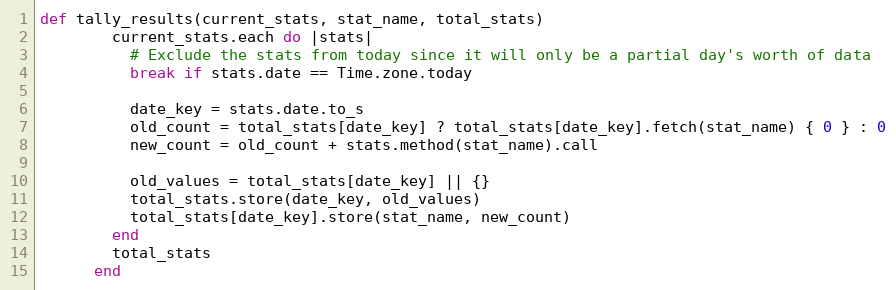
Language: Ruby
def tally_results(current_stats, stat_name, total_stats)
        current_stats.each do |stats|
          # Exclude the stats from today since it will only be a partial day's worth of data
          break if stats.date == Time.zone.today

          date_key = stats.date.to_s
          old_count = total_stats[date_key] ? total_stats[date_key].fetch(stat_name) { 0 } : 0
          new_count = old_count + stats.method(stat_name).call

          old_values = total_stats[date_key] || {}
          total_stats.store(date_key, old_values)
          total_stats[date_key].store(stat_name, new_count)
        end
        total_stats
      end